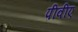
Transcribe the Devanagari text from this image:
पीवीए